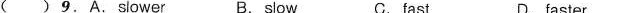
( ) 9.A. Siower B.slow C. fast D. faster